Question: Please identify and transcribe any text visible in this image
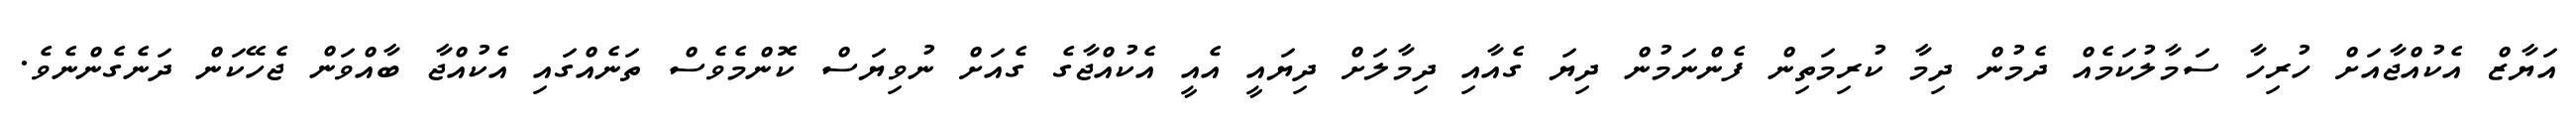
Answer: އަޔާޒް އެކުއްޖާއަށް ހުރިހާ ސަމާލުކަމެއް ދެމުން ދިމާ ކުރިމަތިން ފެންނަމުން ދިޔަ ގެއާއި ދިމާލަށް ދިޔައީ އެއީ އެކުއްޖާގެ ގެއަށް ނުވިޔަސް ކޮންމެވެސް ތަނެއްގައި އެކުއްޖާ ބާއްވަން ޖެހޭކަން ދަނެގެންނެވެ.